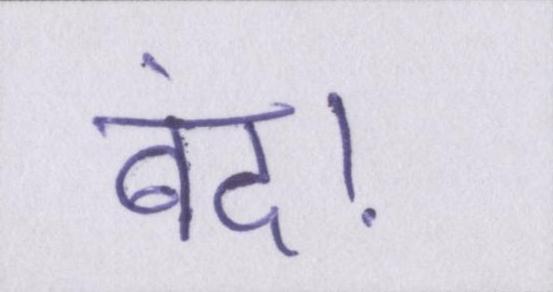
बंद।